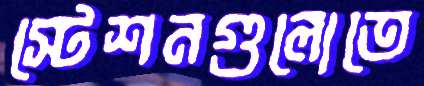
স্টেশনগুলোতে